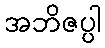
အဘိဇပ္ပါ